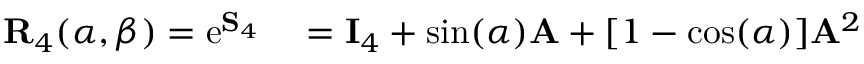
\begin{array} { r l } { \mathbf { R } _ { 4 } ( \alpha , \beta ) = \mathrm { e } ^ { \mathbf { S } _ { 4 } } } & { { } = \mathbf { I } _ { 4 } + \sin ( \alpha ) \mathbf { A } + [ 1 - \cos ( \alpha ) ] \mathbf { A } ^ { 2 } } \end{array}